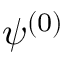
\psi ^ { ( 0 ) }